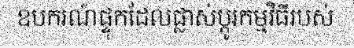
ឧបករណ៍ផ្ទុកដែលផ្លាស់ប្តូរកម្មវិធីរបស់